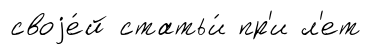
своjе́й статьи́ пр'и л'ет